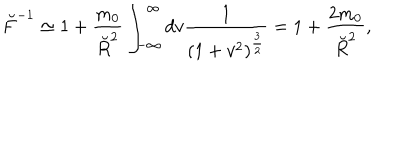
{ \breve { F } } ^ { - 1 } \simeq 1 + { \frac { m _ { 0 } } { \breve { R } ^ { 2 } } } \int _ { - \infty } ^ { \infty } d v { \frac { 1 } { ( 1 + v ^ { 2 } ) ^ { { \frac { 3 } { 2 } } } } } = 1 + { \frac { 2 m _ { 0 } } { \breve { R } ^ { 2 } } } ,